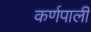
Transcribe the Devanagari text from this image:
कर्णपाली